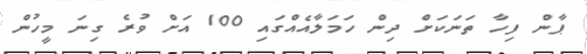
ޕާން ފިހާ ތަނަކަށް ދިން ހަމަލާއެއްގައި 100 އަށް ވުރެ ގިނަ މީހުން